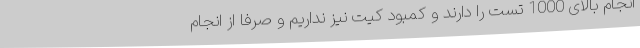
انجام بالای 1000 تست را دارند و کمبود کیت نیز نداریم و صرفا از انجام